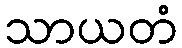
သာယတံ